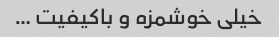
خیلی خوشمزه و باکیفیت …